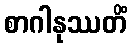
စာဂါနုဿတိံ